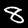
Label: 8